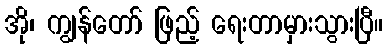
အို၊ ကျွန်တော် ဖြည့် ရေးတာမှားသွားပြီ။